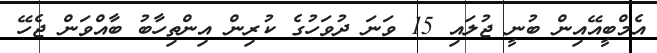
އެމްބީއޭއިން ބުނީ ޖުލައި 15 ވަނަ ދުވަހުގެ ކުރިން އިންތިހާބު ބާއްވަން ޖެހޭ